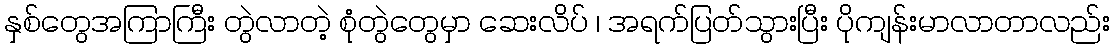
နှစ်တွေအကြာကြီး တွဲလာတဲ့ စုံတွဲတွေမှာ ဆေးလိပ် ၊ အရက်ပြတ်သွားပြီး ပိုကျန်းမာလာတာလည်း